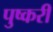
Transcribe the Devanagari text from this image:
पुष्करी